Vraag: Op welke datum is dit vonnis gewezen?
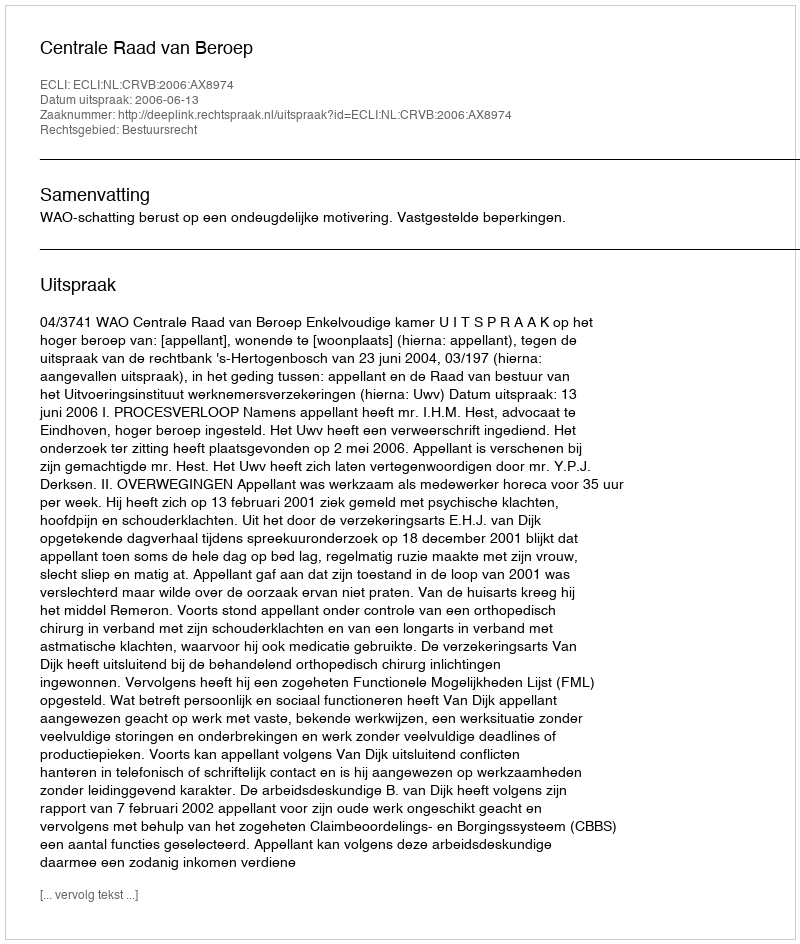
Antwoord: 2006-06-13